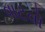
વાટવો